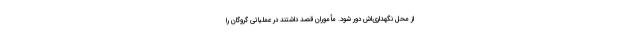
از محل نگهداری‌اش دور شود. مأموران قصد داشتند در عملیاتی گروگان را